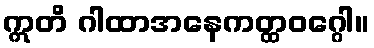
ဣတိ ဂါထာအနေကတ္ထဝဂ္ဂေါ။